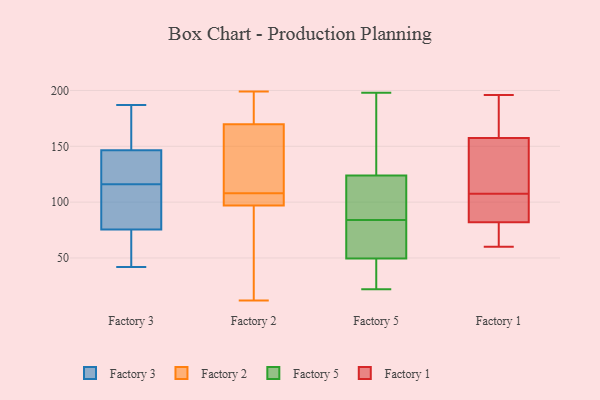
{"axis": {"x": "Temperature (°C)", "y": "Value"}, "legend": ["Factory 1", "Factory 2", "Factory 3", "Factory 5"], "data": [{"x": "", "y": 156, "type": "Factory 3"}, {"x": "", "y": 139, "type": "Factory 3"}, {"x": "", "y": 152, "type": "Factory 3"}, {"x": "", "y": 43, "type": "Factory 3"}, {"x": "", "y": 128, "type": "Factory 3"}, {"x": "", "y": 149, "type": "Factory 3"}, {"x": "", "y": 133, "type": "Factory 3"}, {"x": "", "y": 116, "type": "Factory 3"}, {"x": "", "y": 69, "type": "Factory 3"}, {"x": "", "y": 75, "type": "Factory 3"}, {"x": "", "y": 132, "type": "Factory 3"}, {"x": "", "y": 99, "type": "Factory 3"}, {"x": "", "y": 187, "type": "Factory 3"}, {"x": "", "y": 77, "type": "Factory 3"}, {"x": "", "y": 187, "type": "Factory 3"}, {"x": "", "y": 42, "type": "Factory 3"}, {"x": "", "y": 72, "type": "Factory 3"}, {"x": "", "y": 109, "type": "Factory 3"}, {"x": "", "y": 101, "type": "Factory 3"}, {"x": "", "y": 100, "type": "Factory 2"}, {"x": "", "y": 108, "type": "Factory 2"}, {"x": "", "y": 125, "type": "Factory 2"}, {"x": "", "y": 81, "type": "Factory 2"}, {"x": "", "y": 195, "type": "Factory 2"}, {"x": "", "y": 196, "type": "Factory 2"}, {"x": "", "y": 139, "type": "Factory 2"}, {"x": "", "y": 12, "type": "Factory 2"}, {"x": "", "y": 199, "type": "Factory 2"}, {"x": "", "y": 96, "type": "Factory 2"}, {"x": "", "y": 108, "type": "Factory 2"}, {"x": "", "y": 180, "type": "Factory 2"}, {"x": "", "y": 100, "type": "Factory 2"}, {"x": "", "y": 79, "type": "Factory 2"}, {"x": "", "y": 114, "type": "Factory 2"}, {"x": "", "y": 57, "type": "Factory 5"}, {"x": "", "y": 126, "type": "Factory 5"}, {"x": "", "y": 84, "type": "Factory 5"}, {"x": "", "y": 191, "type": "Factory 5"}, {"x": "", "y": 198, "type": "Factory 5"}, {"x": "", "y": 81, "type": "Factory 5"}, {"x": "", "y": 47, "type": "Factory 5"}, {"x": "", "y": 22, "type": "Factory 5"}, {"x": "", "y": 36, "type": "Factory 5"}, {"x": "", "y": 117, "type": "Factory 5"}, {"x": "", "y": 103, "type": "Factory 5"}, {"x": "", "y": 61, "type": "Factory 1"}, {"x": "", "y": 188, "type": "Factory 1"}, {"x": "", "y": 97, "type": "Factory 1"}, {"x": "", "y": 71, "type": "Factory 1"}, {"x": "", "y": 99, "type": "Factory 1"}, {"x": "", "y": 127, "type": "Factory 1"}, {"x": "", "y": 132, "type": "Factory 1"}, {"x": "", "y": 89, "type": "Factory 1"}, {"x": "", "y": 188, "type": "Factory 1"}, {"x": "", "y": 118, "type": "Factory 1"}, {"x": "", "y": 60, "type": "Factory 1"}, {"x": "", "y": 151, "type": "Factory 1"}, {"x": "", "y": 78, "type": "Factory 1"}, {"x": "", "y": 196, "type": "Factory 1"}, {"x": "", "y": 164, "type": "Factory 1"}, {"x": "", "y": 189, "type": "Factory 1"}, {"x": "", "y": 86, "type": "Factory 1"}, {"x": "", "y": 116, "type": "Factory 1"}, {"x": "", "y": 86, "type": "Factory 1"}, {"x": "", "y": 74, "type": "Factory 1"}]}